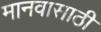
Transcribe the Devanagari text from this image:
मानवासाठी